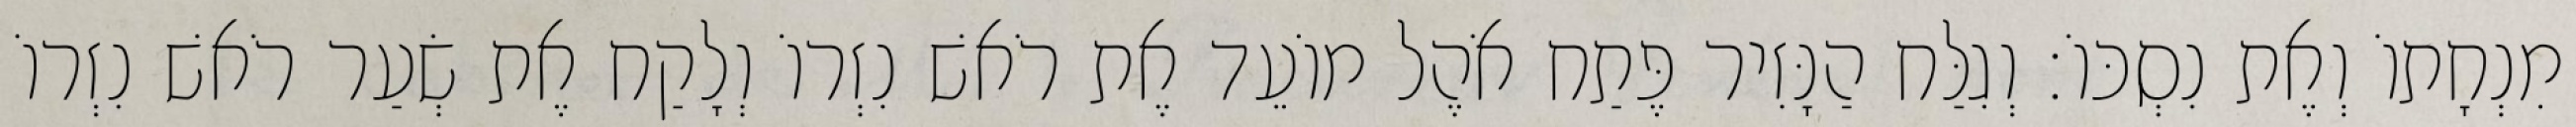
מִנְחָתוֹ וְאֶת נִסְכּוֹ׃ וְגִלַּח הַנָּזִיר פֶּתַח אֹהֶל מוֹעֵד אֶת רֹאשׁ נִזְרוֹ וְלָקַח אֶת שְׂעַר רֹאשׁ נִזְרוֹ